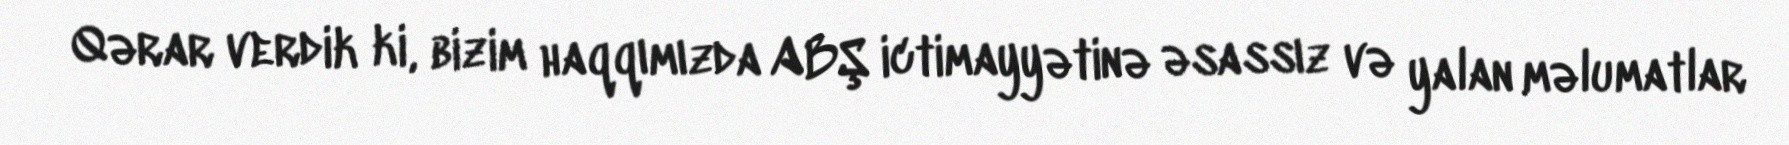
Qərar verdik ki, bizim haqqımızda ABŞ ictimayyətinə əsassız və yalan məlumatlar